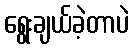
ရွေးချယ်ခဲ့တာပဲ